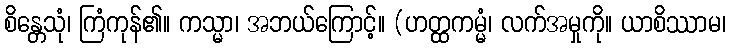
စိန္တေသုံ၊ ကြံကုန်၏။ ကသ္မာ၊ အဘယ်ကြောင့်။ (ဟတ္ထကမ္မံ၊ လက်အမှုကို။ ယာစိဿာမ၊